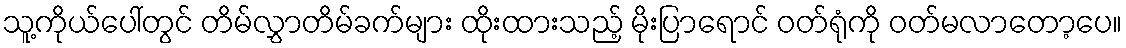
သူ့ကိုယ်ပေါ်တွင် တိမ်လွှာတိမ်ခက်များ ထိုးထားသည့် မိုးပြာရောင် ဝတ်ရုံကို ဝတ်မလာတော့ပေ။